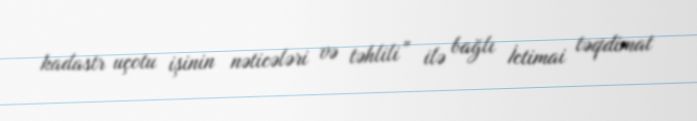
kadastr uçotu işinin nəticələri və təhlili” ilə bağlı İctimai təqdimat